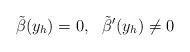
LaTeX: \begin{align*}\tilde\beta(y_h)=0,\ \ \tilde\beta^\prime(y_h)\ne 0\end{align*}